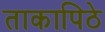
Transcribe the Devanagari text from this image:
ताकापिठे